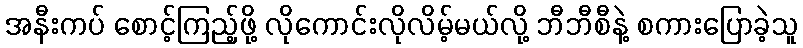
အနီးကပ် စောင့်ကြည့်ဖို့ လိုကောင်းလိုလိမ့်မယ်လို့ ဘီဘီစီနဲ့ စကားပြောခဲ့သူ